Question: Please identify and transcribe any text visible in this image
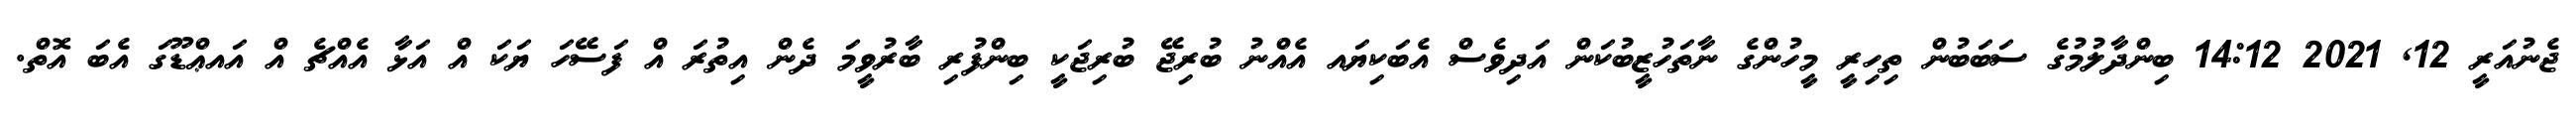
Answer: ޖެނުއަރީ 12, 2021 14:12 ބިންދާލުމުގެ ސަބަބުން ތިހިރީ މީހުންގެ ނާތަހުޒީބުކަން އަދިވެސް އެބަކިޔައ އެއްނު ބުރިޖޭ ބުރިޖަކީ ބިންފުރި ބާރުވީމަ ދެން އިތުރަ އް ފަސޭހަ ޔަކަ އް އަޅާ އެއްޗެ އް އައޢްޑޫގަ އެބަ އޮތް.